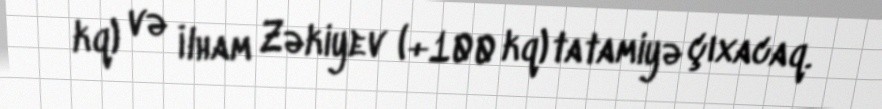
kq) və İlham Zəkiyev (+100 kq) tatamiyə çıxacaq.